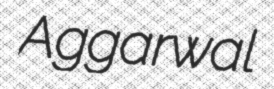
Aggarwal